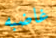
غاضبه